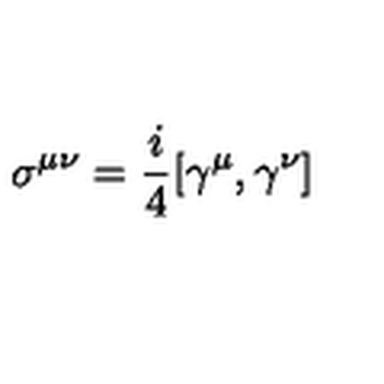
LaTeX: \sigma ^ { \mu \nu } = \frac { i } { 4 } [ \gamma ^ { \mu } , \gamma ^ { \nu } ] \label 7